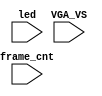
`timescale 1ns/1ps

module mist_dump(
    input           VGA_VS,
    input           led,
    input   [31:0]  frame_cnt
);

`ifdef DUMP
`ifndef NCVERILOG // iVerilog:
    initial begin
        // #(200*100*1000*1000);
        $display("DUMP enabled");
        $dumpfile("test.lxt");
    end
    `ifdef DUMP_START
    always @(negedge VGA_VS) if( frame_cnt==`DUMP_START ) begin
    `else
        initial begin
    `endif
        $display("DUMP starts");
        `ifdef DEEPDUMP
            $dumpvars(0,mist_test);
        `else
            $dumpvars(1,mist_test.UUT.u_game);
            $dumpvars(1,mist_test.UUT.u_game.u_main);
            $dumpvars(1,mist_test.UUT.u_game.u_mcu);
            //$dumpvars(1,mist_test.UUT.u_game.u_main);
            //$dumpvars(0,mist_test.UUT.u_game.u_mcu);
            $dumpvars(1,mist_test.frame_cnt);
        `endif
        $dumpon;
    end
`else // NCVERILOG
    `ifdef DUMP_START
    always @(negedge VGA_VS) if( frame_cnt==`DUMP_START ) begin
    `else
    initial begin
    `endif
        $shm_open("test.shm");
        `ifdef DEEPDUMP
            $display("NC Verilog: will dump all signals");
            $shm_probe(mist_test,"AS");
        `else
            $display("NC Verilog: will dump selected signals");
            $shm_probe(frame_cnt);
            `ifdef LOADROM
                $shm_probe(UUT.u_game,"A");
                $shm_probe(UUT.u_frame.u_board.u_sdram,"A");
            `else
                //$shm_probe(UUT.u_game.u_rom,"AS");
                //$shm_probe(UUT.u_game.u_sound,"A");
                //$shm_probe(UUT.u_game.u_sound.u_adpcm0,"A");
                //$shm_probe(UUT.u_game.u_sound.u_adpcm1,"A");
                //$shm_probe(UUT.u_game.u_video,"A");
                //$shm_probe(UUT.u_game.u_video.u_char,"A");
                //$shm_probe(UUT.u_game.u_video.u_scroll,"A");
                //$shm_probe(UUT.u_game.u_video.u_obj,"A");
                $shm_probe(UUT.u_game.u_mcu,"A");
                $shm_probe(UUT.u_game.u_mcu.u_6801.state);
                $shm_probe(UUT.u_game.u_mcu.u_6801.next_state);
                //$shm_probe(UUT.u_game.u_mcu.u_6801,"AS");
            `endif
            $shm_probe(UUT.u_game.u_main,"A");
        `endif
    end
`endif
`endif

endmodule // mist_dump